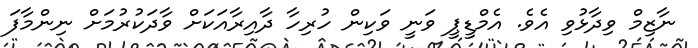
ނާޒިމް ވިދާޅުވި އެވެ. އެމްޑީޕީ ވަނީ ވަކިން ހުރިހާ ދާއިރާއަކަށް ވާދަކުރުމަށް ނިންމާފަ